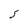
Character: 5